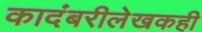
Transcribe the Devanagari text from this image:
कादंबरीलेखकही